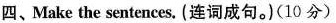
四、Make the sentences. (连词成句。(10 分)